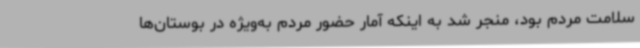
سلامت مردم بود، منجر شد به اینکه آمار حضور مردم به‌ویژه در بوستان‌ها